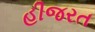
હીજરત